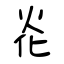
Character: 炛